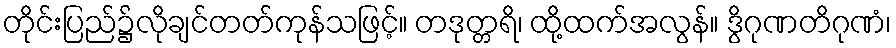
တိုင်းပြည်၌လိုချင်တတ်ကုန်သဖြင့်။ တဒုတ္တရိ၊ ထို့ထက်အလွန်။ ဒွိဂုဏတိဂုဏံ၊